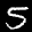
Label: 5